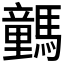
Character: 𩦍